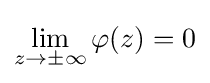
\lim _{z\to \pm \infty }\varphi (z)=0